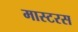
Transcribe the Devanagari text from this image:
मास्टरस